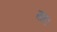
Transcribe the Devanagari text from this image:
साइर